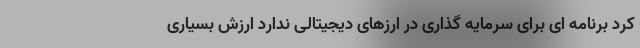
کرد برنامه ای برای سرمایه گذاری در ارزهای دیجیتالی ندارد ارزش بسیاری